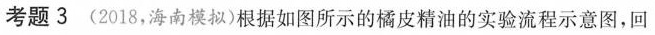
考题3(2018，海南模拟)根据如图所示的橘皮精油的实验流程示意图，回